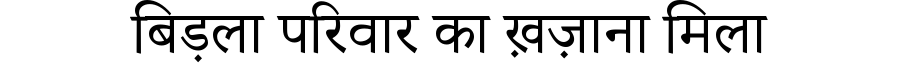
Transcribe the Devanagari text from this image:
बिड़ला परिवार का ख़ज़ाना मिला